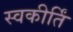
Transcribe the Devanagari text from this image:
स्वकीर्तिं